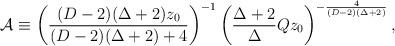
LaTeX: \begin{align*}{\cal A}\equiv \left({{(D-2)(\Delta+2)z_0}\over{(D-2)(\Delta+2)+4}}\right)^{-1}\left({{\Delta+2}\over\Delta}Qz_0\right)^{-{4\over{(D-2)(\Delta+2)}}},\end{align*}